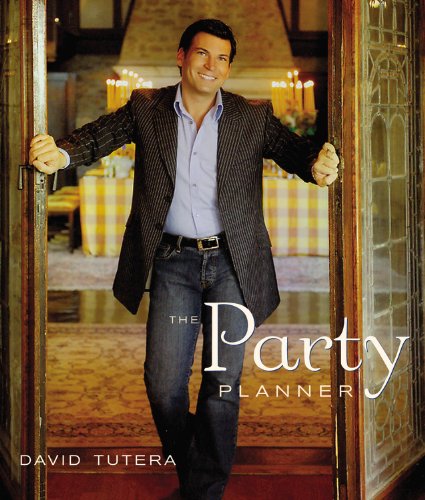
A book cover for The Party Planner; David Tutera; Cookbooks, Food & Wine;